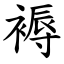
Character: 褥